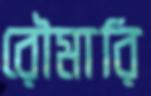
রৌমারি